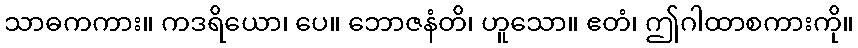
သာဓကကား။ ကဒရိယော၊ ပေ။ ဘောဇနံတိ၊ ဟူသော။ ဧတံ၊ ဤဂါထာစကားကို။